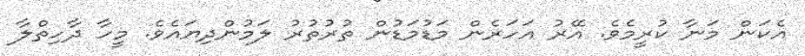
އެކަން މަނާ ކުރީމެވެ. އޭރު އަހަރެން މަޑުމަޑުން ތުރުތުރު ލަމުންދިޔައެވެ. މީހާ ދާހިތްލާ